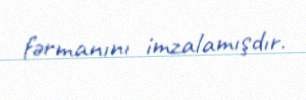
fərmanını imzalamışdır.